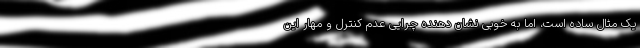
یک مثال ساده است، اما به خوبی نشان دهنده چرایی عدم کنترل و مهار این